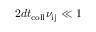
2 d t _ { \mathrm { c o l l } } \nu _ { \mathrm { i j } } \ll 1